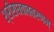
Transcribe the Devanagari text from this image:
श्रीराघवावतरणम्